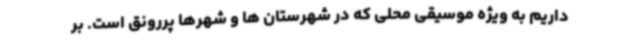
داریم به ویژه موسیقی محلی که در شهرستان ها و شهرها پررونق است. بر